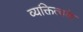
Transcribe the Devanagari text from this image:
व्यक्तित्वके